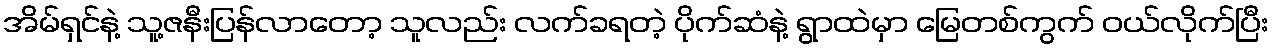
အိမ်ရှင်နဲ့ သူ့ဇနီးပြန်လာတော့ သူလည်း လက်ခရတဲ့ ပိုက်ဆံနဲ့ ရွာထဲမှာ မြေတစ်ကွက် ဝယ်လိုက်ပြီး